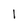
Character: l